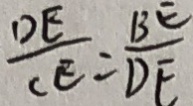
\frac { D E } { C E } = \frac { B E } { D E }